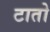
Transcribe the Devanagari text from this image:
टातो